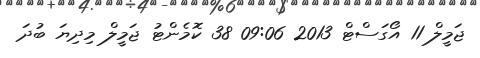
ޖަމީލް 11 އޯގަސްޓް 2013 09:06 38 ކޮމެންޓު ޖަމީލް މިދިޔަ ބުދަ